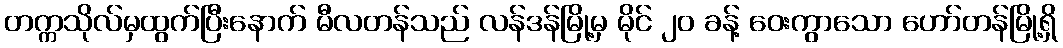
တက္ကသိုလ်မှထွက်ပြီးနောက် မီလတန်သည် လန်ဒန်မြို့မှ မိုင် ၂၀ ခန့် ဝေးကွာသော ဟော်တန်မြို့ရှိ